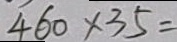
4 6 0 \times 3 5 =